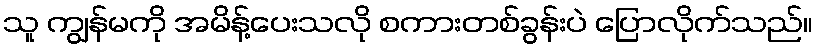
သူ ကျွန်မကို အမိန့်ပေးသလို စကားတစ်ခွန်းပဲ ပြောလိုက်သည်။